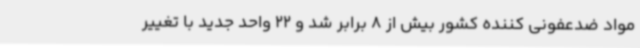
مواد ضدعفونی کننده کشور بیش از 8 برابر شد و 22 واحد جدید با تغییر